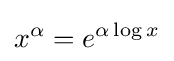
x^{\alpha }=e^{\alpha \log x}